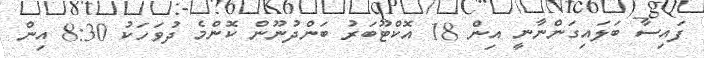
ފައިސާ ބަލައިގަންނާނީ އިން 18 އޮކްޓޫބަރު ބަންދުނޫން ކޮންމެ ދުވަހަކު 8:30 އިން